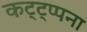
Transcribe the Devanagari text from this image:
कट्ट्प्पना